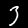
Label: 3